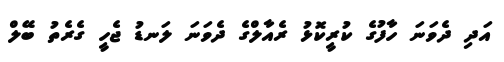
އަދި ދެވަނަ ހާފުގެ ކުރީކޮޅު ރެއާލްގެ ދެވަނަ ލަނޑު ޖެހީ ގެރެތު ބޭލް